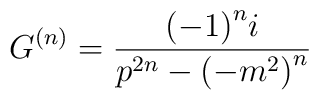
G^{\left( n \right)} = \frac { {\left( -1 \right)}^n i } { p^{2n}- {\left( -m^2 \right)}^n }